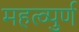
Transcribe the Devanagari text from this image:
महत्व्पुर्ण